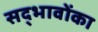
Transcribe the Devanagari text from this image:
सद्भावोंका